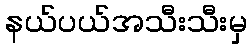
နယ်ပယ်အသီးသီးမှ